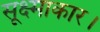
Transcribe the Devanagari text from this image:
सूक्ष्माकार।